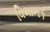
વિમાન૧